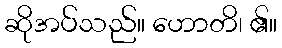
ဆိုအပ်သည်။ ဟောတိ၊ ၏။